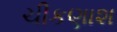
ચીકણાશ